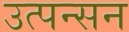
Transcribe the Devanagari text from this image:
उत्पन्सन